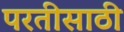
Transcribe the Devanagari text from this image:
परतीसाठी